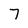
Character: 7